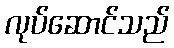
လုပ်ဆောင်သည်